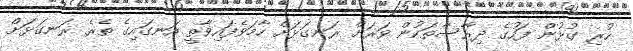
ހުރި ގުޅުން ފަހުގެ ދިރާސާތަކުން ވަރަށް ރަނގަޅަށް ހާމަވެފައިވާތީ އަނގައިގެ ތެރެ ރަނގަޅަށް